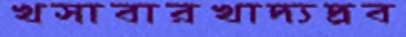
খসাবারখাদ্যদ্রব